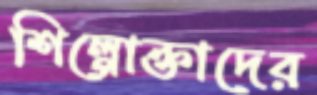
শিল্পোক্তাদের